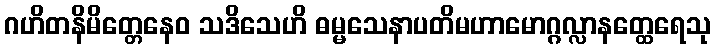
ဂဟိတနိမိတ္တေနေဝ သဒိသေဟိ ဓမ္မသေနာပတိမဟာမောဂ္ဂလ္လာနတ္ထေရေသု